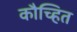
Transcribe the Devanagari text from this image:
कौच्हित